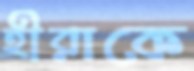
হীরাকে